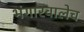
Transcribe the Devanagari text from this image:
भंगारवालेच